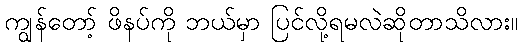
ကျွန်တော့် ဖိနပ်ကို ဘယ်မှာ ပြင်လို့ရမလဲဆိုတာသိလား။